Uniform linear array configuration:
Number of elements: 12
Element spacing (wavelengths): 1
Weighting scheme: cosine
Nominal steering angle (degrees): -60
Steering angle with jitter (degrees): -61.735
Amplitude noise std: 0.05
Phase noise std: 0.05

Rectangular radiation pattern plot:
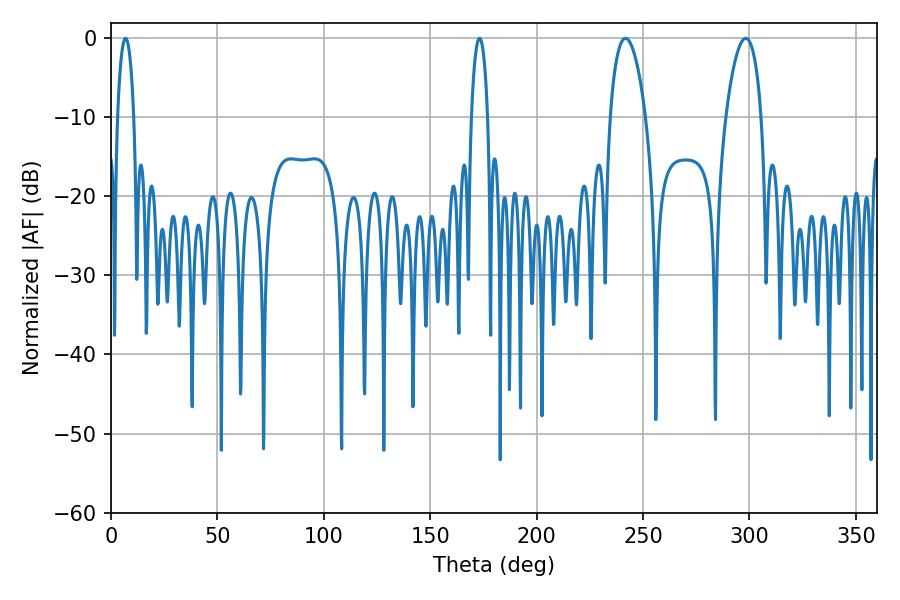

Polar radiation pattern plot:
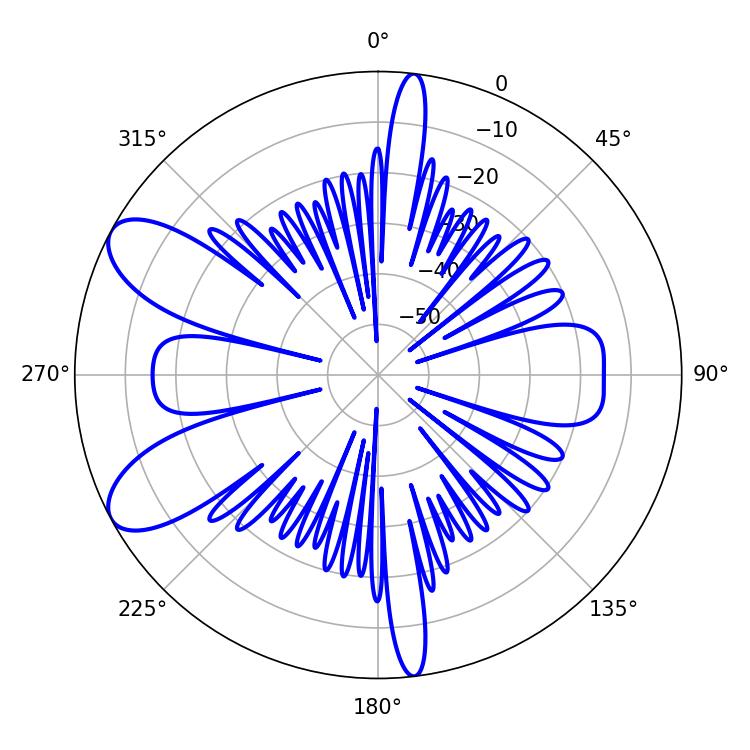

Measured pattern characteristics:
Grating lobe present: TRUE
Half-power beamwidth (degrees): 4.32
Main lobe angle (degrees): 6.84